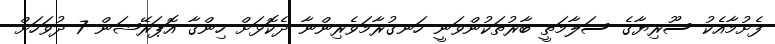
ފެށުމާއެކު ސޫރިޔާގެ ސަލާމަތީ ބާރުތަކުންވަނީ ހަނގުރާމަވެރިންނާ ދެކޮޅަށް ހިންގާ އޮޕަރޭޝަން 7 ދުވަހަށް